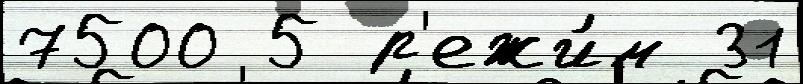
7500 5 р'ежи́м 31